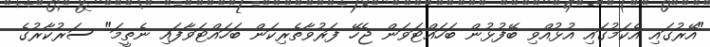
"އޭރުގައި އެކަމުގައި އުޅުއްވި ބޭފުޅުން ބަހައްޓަވަން ޖެހޭ ފަރުވާތެރިކަން ބަހައްޓަވާފައި ނެތީމަ" ސަރުކާރުގެ